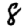
Digit: 8